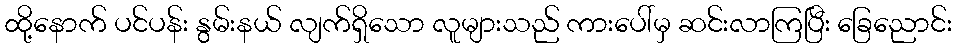
ထို့နောက် ပင်ပန်း နွမ်းနယ် လျက်ရှိသော လူများသည် ကားပေါ်မှ ဆင်းလာကြပြီး ခြေညောင်း